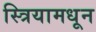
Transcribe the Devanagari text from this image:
स्त्रियामधून